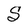
Character: S